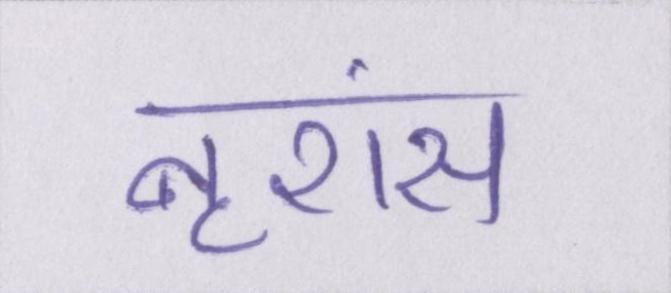
नृशंस